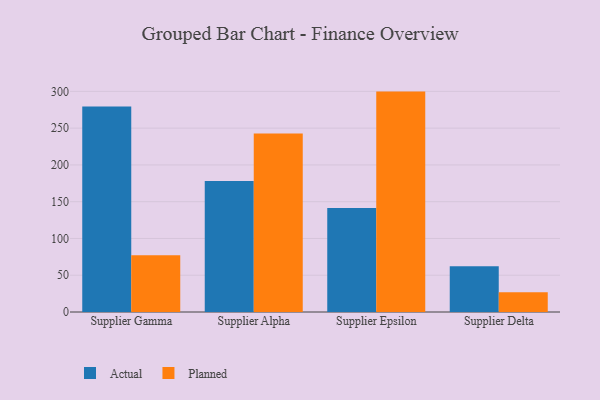
{"axis": {"x": "Supplier", "y": "Website Visitors"}, "legend": ["Actual", "Planned"], "data": [{"x": "Supplier Gamma", "y": 279.3, "type": "Actual"}, {"x": "Supplier Gamma", "y": 77.2, "type": "Planned"}, {"x": "Supplier Alpha", "y": 178.3, "type": "Actual"}, {"x": "Supplier Alpha", "y": 242.6, "type": "Planned"}, {"x": "Supplier Epsilon", "y": 141.3, "type": "Actual"}, {"x": "Supplier Epsilon", "y": 299.7, "type": "Planned"}, {"x": "Supplier Delta", "y": 62.1, "type": "Actual"}, {"x": "Supplier Delta", "y": 26.7, "type": "Planned"}]}